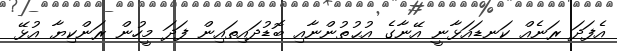
އެފަދަ ރަނެއް ކަނޑައަޅާނީ އޭނާގެ އުޙުތުންނާއި ބޮޑުދައިތައިން ފަދަ މީހުން ރަންކިޔާ އުޅޭ